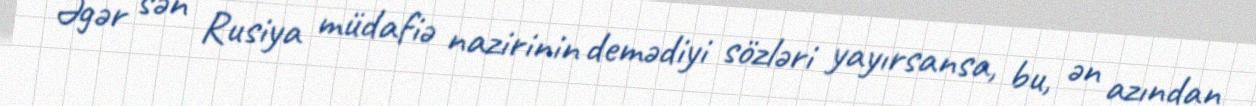
Əgər sən Rusiya müdafiə nazirinin demədiyi sözləri yayırsansa, bu, ən azından